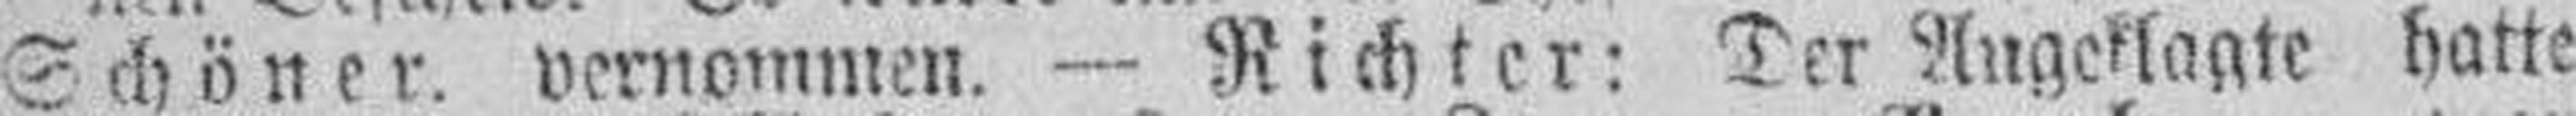
Schöner. vernommen. — Richter: Der Angeklagte hatte